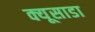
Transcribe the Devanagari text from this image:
क्यूसाडा